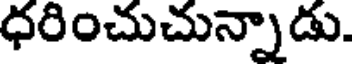
ధరించుచున్నాడు.